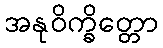
အနုဝိက္ခိတ္တော